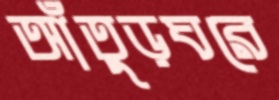
আঁতুড়ঘরে